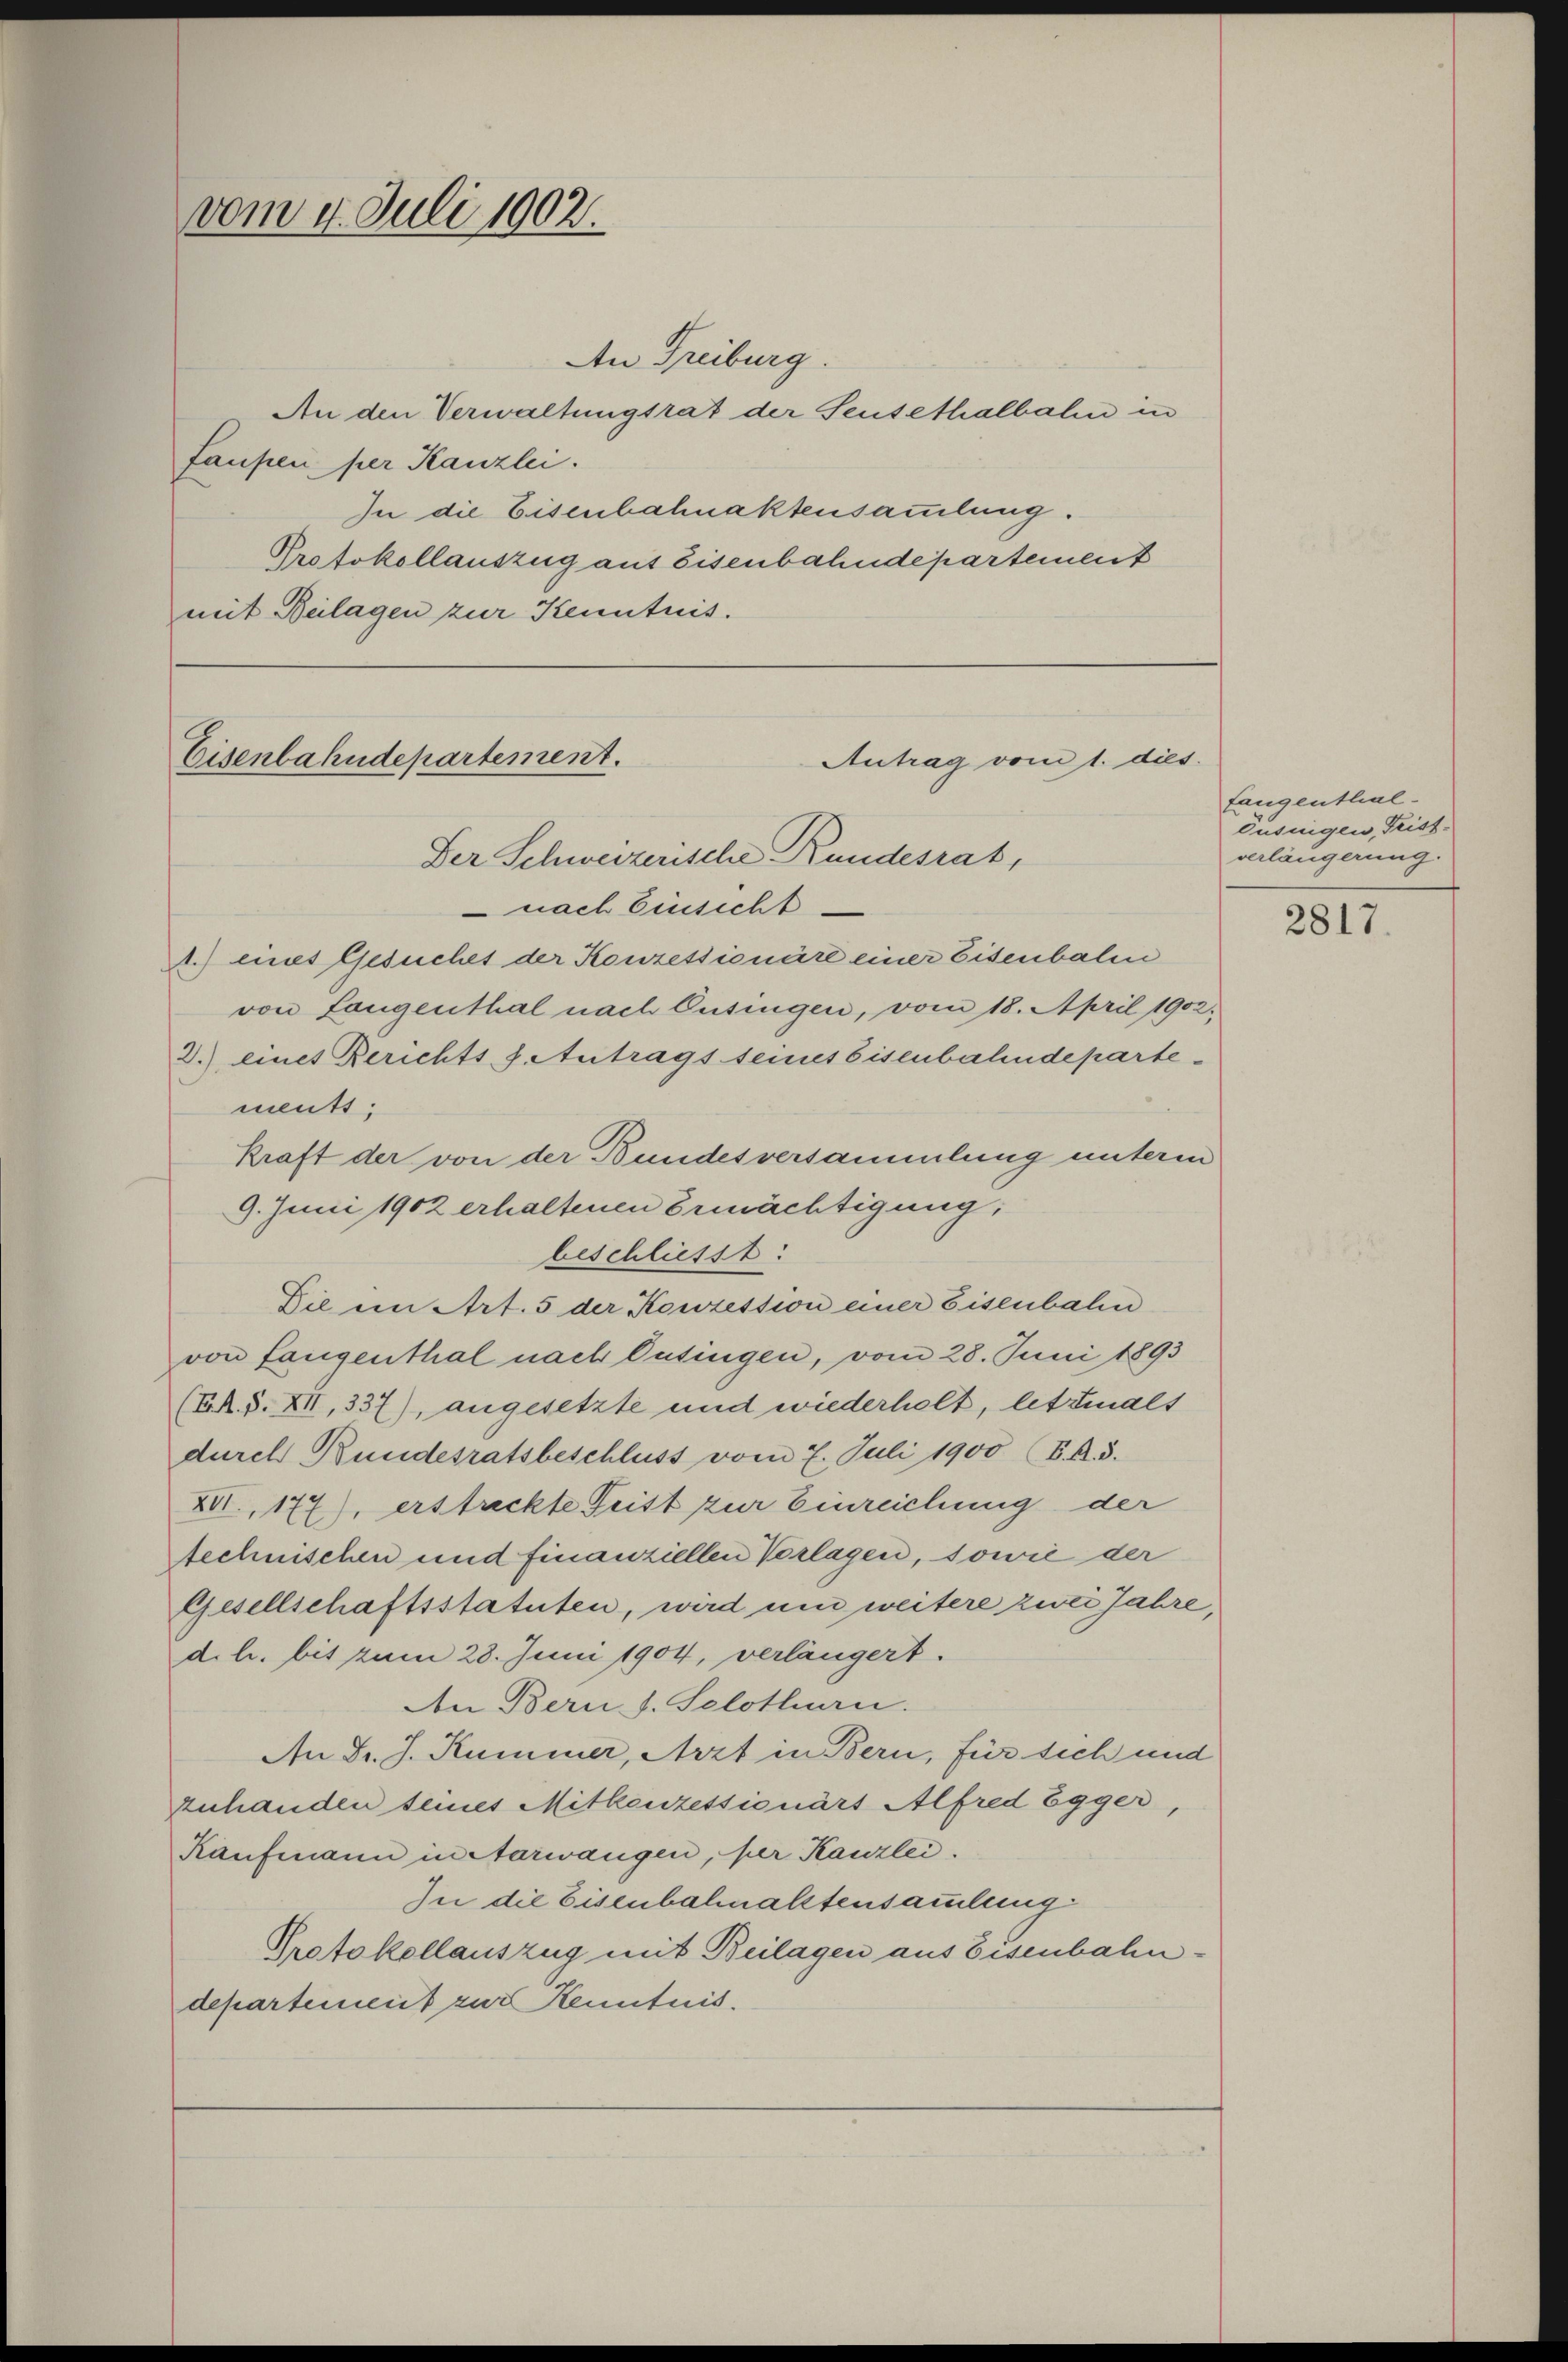
vom 4. Juli 1902.

An Freiburg.
An den Verwaltungsrat der Sensethalbahn in
faupen per Kanzlei.
In die Eisenbahnaktensammlung.
Protokollauszug aus Eisenbahndepartement
mit Beilagen zur Kenntnis.

Eisenbahndepartement.
Antrag vom 1. dies
Der Schweizerische Kundesrat,

nach Einsicht.
.) eines Gesuches der Konzessionäre einer Eisenbale
von Langenthal nach Eusingen, vom 18. April 1902.
2.) eines Berichtss. Antrags seines Eisenbahndeparte-
ments;
Kraft der von der Bundesversammlung unterm
9. Juni 1902 erhaltenen Ermächtigung,
beschliesst:
Die in Art. 5 der Konzession einer Eisenbahn
von Langenthal nach Cusingen, vom 28. Juni 1893
(ER. S. XII, 337), angesetzte und wiederhelt, letztmals
durch Bundesratsbeschluss vom 7. Juli 1900 (B.A.3.
XVI. 177), erstreckte Frist zur Einreichung der
technischen und finanziellen Vorlagen, sowie der
Gesellschaftsstatuten, wird um weitere zwei Jahre,
d. h. bis zum 28. Juni 1904, verlängert.
Aen Bern s. Solothurn.
An Fr. J. Kummer, Arzt in Bern, für sich und
zuhanden seines Mitkenzessionärt Alfred Egger,
Kaufmann in Aarwangen, per Kanzlei.
In die Eisenbahnalstensammlung
Protokollauszug mit Beilagen aus Eisenbahndepartement zur Kenntnis.

Langenthal¬
Cusingen Frist-
verlängerung.

2817.